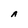
Character: A